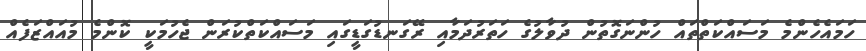
ހަމައެހެންމެ މަސައްކަތްތައް ހުންނަގޮތުން ދުވާލުގެ ހަތަރުދަމާއި ރޭގަނޑުގަޑީގައި މަސައްކަތްކުރަން ޖެހުމަކީ ކޮންމެ މުއައްޒަފެއް